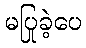
မပြုခဲ့ပေ